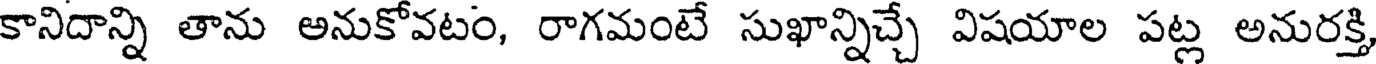
కానిదాన్ని తాను అనుకోవటం, రాగమంటే సుఖాన్నిచ్చే విషయాల పట్ల అనురక్తి